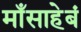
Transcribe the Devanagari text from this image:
माँसाहेबं